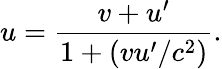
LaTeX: u={\frac{v+u^{\prime}}{1+(vu^{\prime}/c^{2})}}.